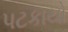
પટકાયો